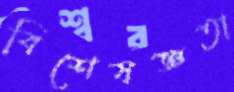
বিশেষজ্ঞতা